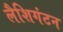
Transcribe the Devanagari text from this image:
लैशिगंटन